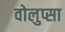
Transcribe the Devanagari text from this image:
वोलुप्सा